Vaccination in Bombay 1856-1862 - 1856-1862
Year: 1856
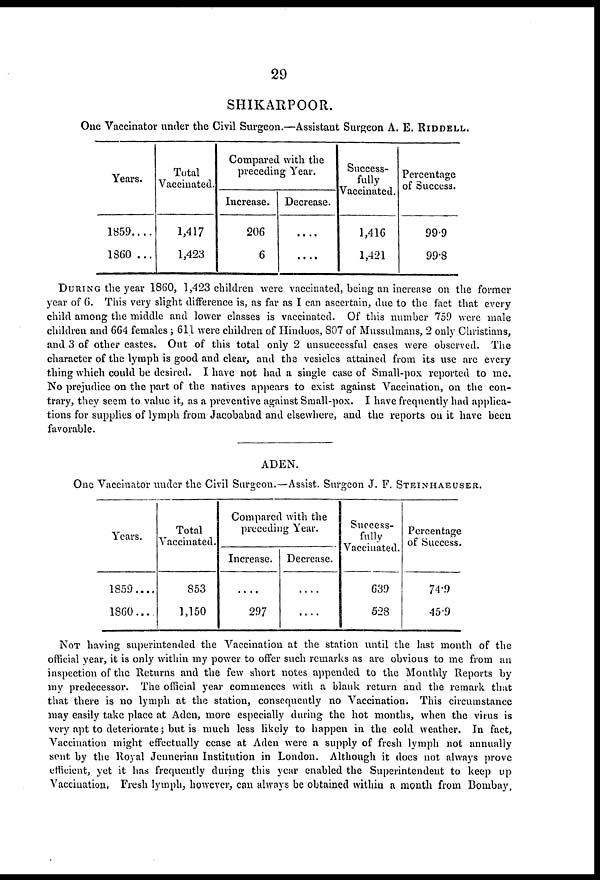
29
SHIKARPOOR.
One Vaccinator under the Civil Surgeon.—Assistant Surgeon A. E. RIDDELL.
Years.
1859....
1860 ...
Total
Vaccinated.
1,417
1,423
Compared with the
preceding Year.
Increase.
206
6
Decrease.
....
....
Success-
fully
Vaccinated.
1,416
1,421
Percentage
of Success.
99.9
99.8
DURING the year 1860, 1,423 children were vaccinated, being an increase on the former
year of 6. This very slight difference is, as far as I can ascertain, due to the fact that every
child among the middle and lower classes is vaccinated. Of this number 759 were male
children and 664 females; 611 were children of Hindoos, 807 of Mussulmans, 2 only Christians,
and 3 of other castes. Out of this total only 2 unsuccessful cases were observed. The
character of the lymph is good and clear, and the vesicles attained from its use are every
thing which could be desired. I have not had a single case of Small-pox. reported to me.
No prejudice on the part of the natives appears to exist against Vaccination, on the con-
trary, they seem to value it, as a preventive against Small-pox. I have frequently had applica-
tions for supplies of lymph from Jacobabad and elsewhere, and the reports on it have been
favorable.
ADEN.
One Vaccinator under the Civil Surgeon.—Assist. Surgeon J. F. STEINHAEUSER.
Years.
1859....
1860....
Total
Vaccinated.
853
1,150
Compared with the
preceding Year.
Increase.
....
297
Decrease.
....
....
Success-
fully
Vaccinated.
639
528
Percentage
of Success.
74.9
45.9
NOT having superintended the Vaccination at the station until the last month of the
official year, it is only within my power to offer such remarks as are obvious to me from an
inspection of the Returns and the few short notes appended to the Monthly Reports by
my predecessor. The official year commences with a blank return and the remark that
that there is no lymph at the station, consequently no Vaccination. This circumstance
may easily take place at Aden, more especially during the hot months, when the virus is
very apt to deteriorate; but is much less likely to happen in the cold weather. In fact,
Vaccination might effectually cease at Aden were a supply of fresh lymph not annually
sent by the Royal Jennerian Institution in London. Although it does not always prove
efficient, yet it has frequently during this year enabled the Superintendent to keep up
Vaccination, Fresh lymph, however, can always be obtained within a month from Bombay,